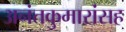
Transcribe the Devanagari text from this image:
अनंतकुमारांसह